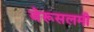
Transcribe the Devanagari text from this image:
जेरूसलमी